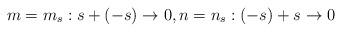
LaTeX: \begin{align*}m= m_s: s + (-s) \to 0, n=n_s: (-s) + s \to 0\end{align*}